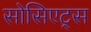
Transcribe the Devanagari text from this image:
सोसिएट्स